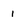
Character: i